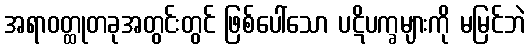
အရာဝတ္ထုတခုအတွင်းတွင် ဖြစ်ပေါ်သော ပဋိပက္ခများကို မမြင်ဘဲ